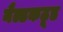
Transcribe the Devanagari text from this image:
नैल्डकठूड